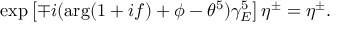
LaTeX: \exp \left[ \mp i ( \arg ( 1 + i f ) + \phi - \theta ^ { 5 } ) \gamma _ { E } ^ { 5 } \right] \eta ^ { \pm } = \eta ^ { \pm } .